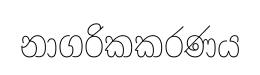
නාගරිකකරණය